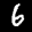
Label: 6